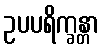
ဥပပရိက္ခန္တာ